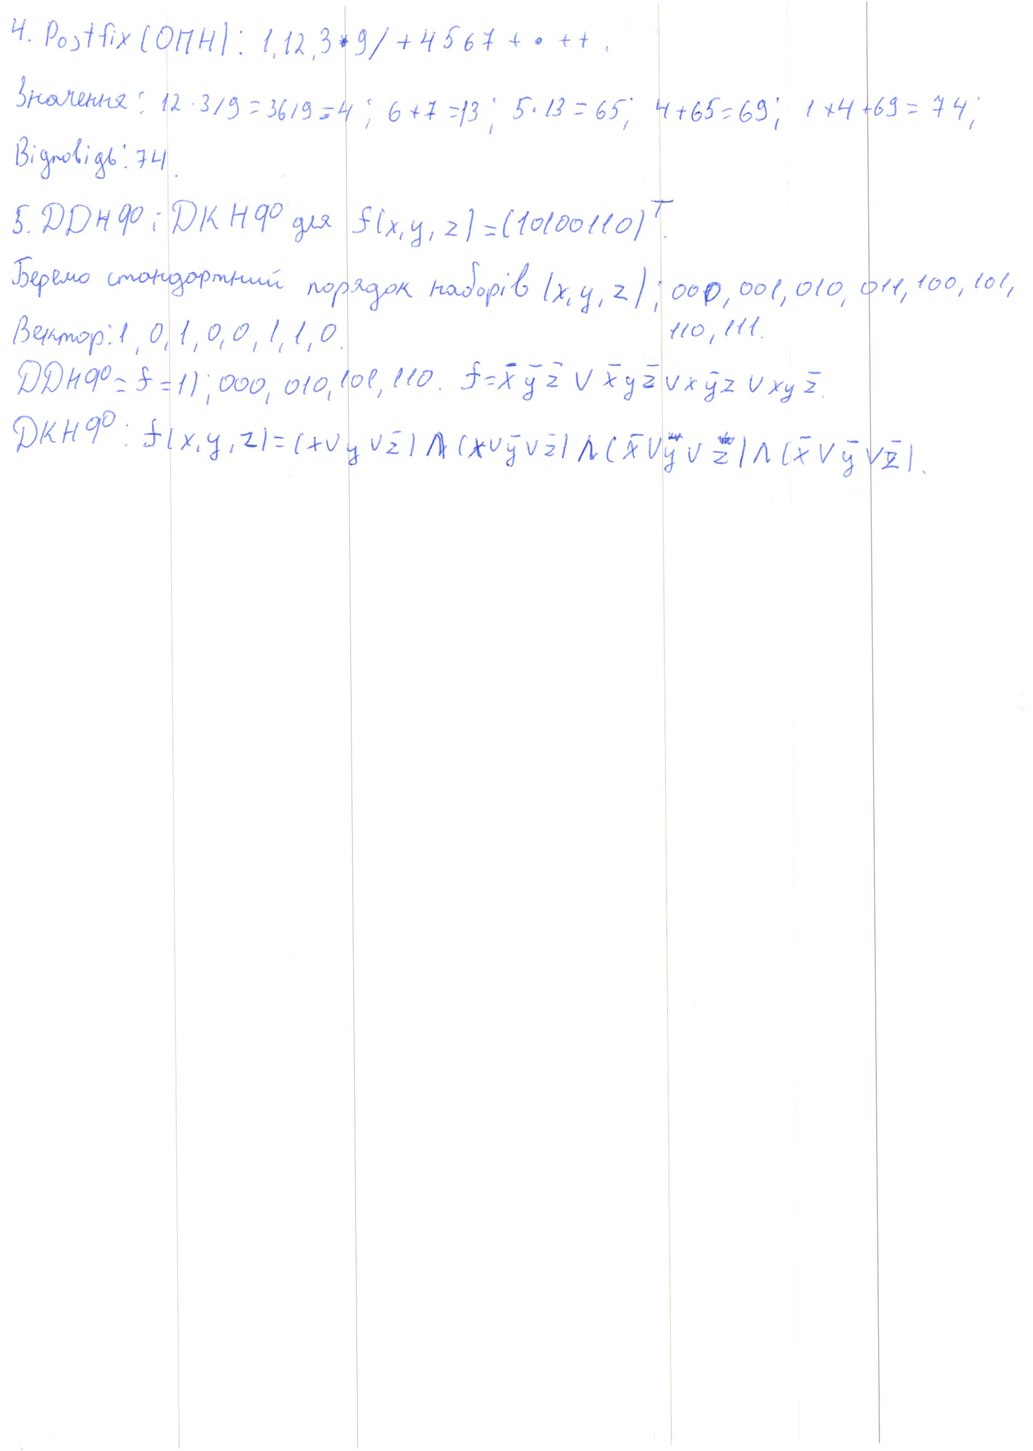
4. Postfix (ОПН): 1, 12, 3 * 9 / + 4 5 6 7 + * + + .
Значення: 12 · 3 / 9 = 36 / 9 = 4; 6 + 7 = 13; 5 · 13 = 65; 4 + 65 = 69; 1 × 4 + 69 = 74;
Відповідь: 74.
5. ДДНФ; ДКНФ для f(x, y, z) = (10100110)^T.
Беремо стандартний порядок наборів (x, y, z): 000, 001, 010, 011, 100, 101,
110,111
Вектор: 1, 0, 1, 0, 0, 1, 1, 0.
ДДНФ = f = 1); 000, 010, 101, 110. f = ̄x ̄y ̄z ∨ ̄x y ̄z ∨ x ̄y z ∨ x y ̄z.
ДКНФ: f(x, y, z) = (x ∨ y ∨ z) ∧ (x ∨ ȳ ∨ z) ∧ (ȳ ∨ ȳ ∨ z) ∧ (ȳ ∨ ȳ ∨ z).